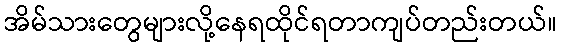
အိမ်သားတွေများလို့နေရထိုင်ရတာကျပ်တည်းတယ်။